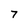
Character: 7